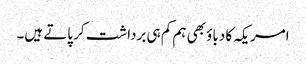
امریکہ کا دباؤ بھی ہم کم ہی برداشت کر پاتے ہیں۔